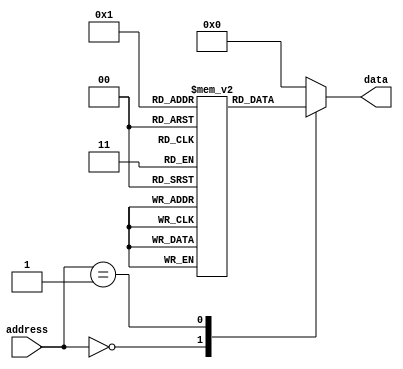
module fuse_rom (
    input wire [7:0] address,
    output reg [7:0] data
);

reg [7:0] rom_data [0:255]; // Initialize ROM data

always @(*) begin
    case (address)
        8'h00: data = rom_data[0];
        8'h01: data = rom_data[1];
        // Add more cases for additional addresses
        default: data = 8'b0; // Default value when address is not found
    endcase
end

endmodule